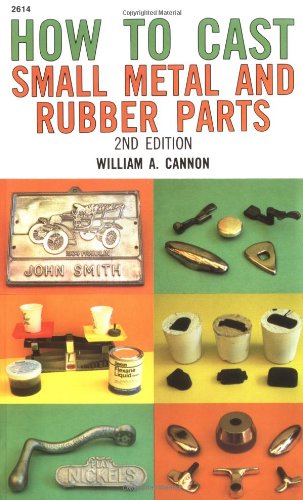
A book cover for How to Cast Small Metal and Rubber Parts (2nd Edition); William Cannon; Crafts, Hobbies & Home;